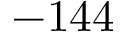
- 1 4 4